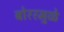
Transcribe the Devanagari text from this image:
बोररमुळे